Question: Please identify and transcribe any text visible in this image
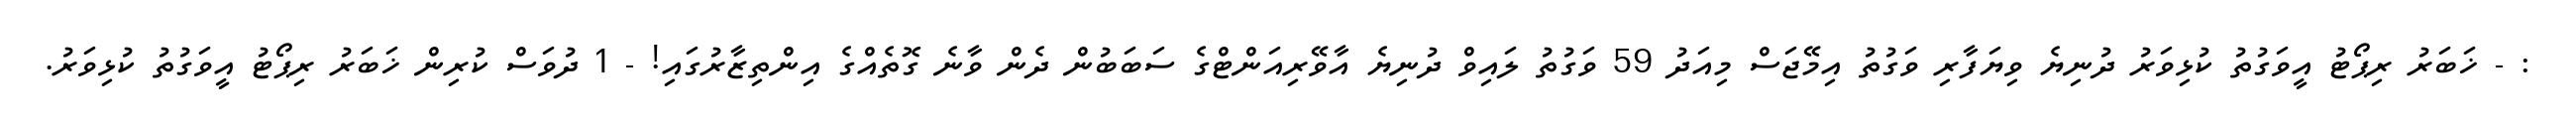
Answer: : - ޚަބަރު ރިޕޯޓު އީވަގުތު ކުޅިވަރު ދުނިޔެ ވިޔަފާރި ވަގުތު އިމޭޖަސް މިއަދު 59 ވަގުތު ލައިވް ދުނިޔެ އާވޭރިއަންޓްގެ ސަބަބުން ދެން ވާނެ ގޮތެއްގެ އިންތިޒާރުގައި! - 1 ދުވަސް ކުރިން ޚަބަރު ރިޕޯޓު އީވަގުތު ކުޅިވަރު.